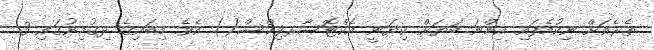
ތެރެއަށް ނިކުމެފައި އިންނަ ބަޔަށް ކިޔަނީ އެކްޓޮސާރވިކްސް() އެވެ. މިބައިގެ ދިގުމިނުގައި 3